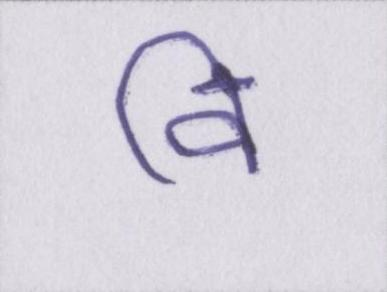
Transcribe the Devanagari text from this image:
वि